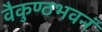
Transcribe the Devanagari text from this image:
वैकुण्ठभवनं